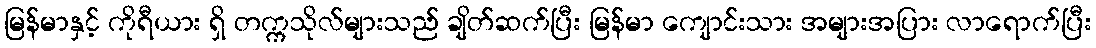
မြန်မာနှင့် ကိုရီယား ရှိ တက္ကသိုလ်များသည် ချိတ်ဆက်ပြီး မြန်မာ ကျောင်းသား အများအပြား လာရောက်ပြီး